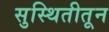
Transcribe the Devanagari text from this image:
सुस्थितीतून